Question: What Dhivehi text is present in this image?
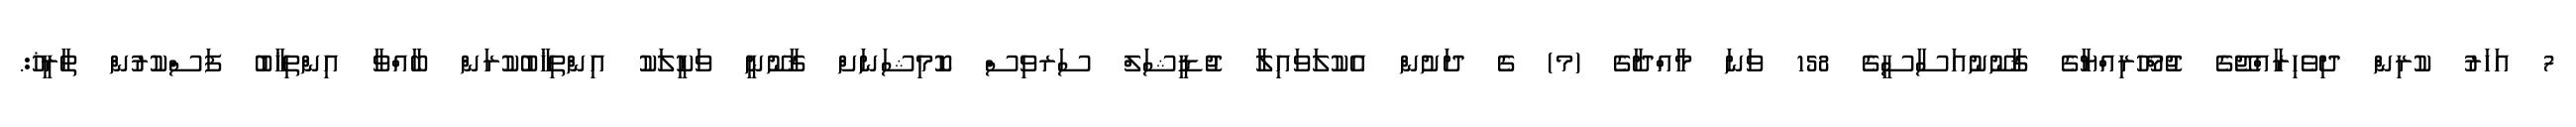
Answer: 7 އަހަރު ކުރިން ދިވެހިރާއްޖޭގެ ޖުމްހޫރިއްޔާގެ ޤާނޫނުއަސާސީގެ 158 ވަނަ މާއްދާގެ (މ) ގެ ދަށުން އެކުލަވައިލާ ޖުޑީޝަލް ސަރވިސް ކޮމިޝަނަށް ޤާނޫނީ ވަކީލަކު އިންތިޚާބުކުރަން ބާއްވާ އިންތިޚާބު ފަސްކުރުން ތާރީޚު:.